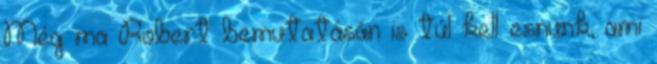
Még ma Robert bemutatásán is túl kell esnünk, ami